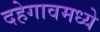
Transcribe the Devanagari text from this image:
दहेगावमध्ये